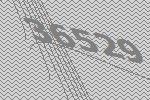
36529